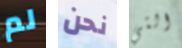
لم نحن التي